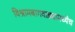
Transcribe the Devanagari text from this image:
विश्रामबागवाड्यामध्येच